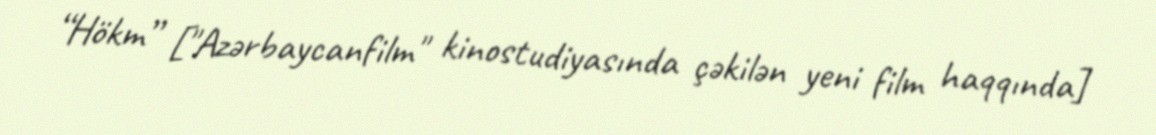
“Hökm” ["Azərbaycanfilm" kinostudiyasında çəkilən yeni film haqqında]